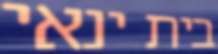
בית ינאי